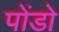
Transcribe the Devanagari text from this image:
पोंडो